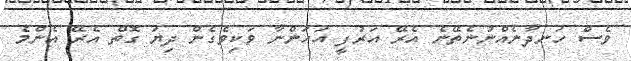
ވެސް ހަނދާނެއްނުނެތޭނެ އެރޭ އަރުފީ އަހަންނާ ވަކިވެގެން ދިޔަ ގޮތް އެރޭ އެންމެ